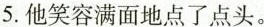
5.他笑容满面地点了点头。